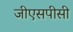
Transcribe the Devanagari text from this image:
जीएसपीसी